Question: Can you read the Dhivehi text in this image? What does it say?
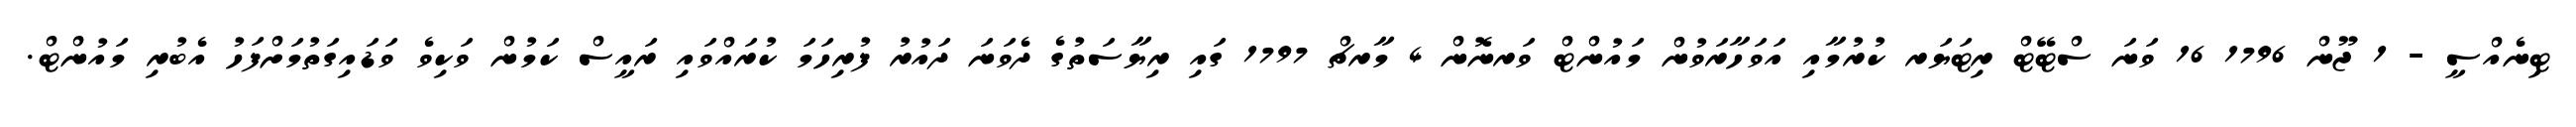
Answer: ޓިނެއްސީ - 1 ޖޫން 1796 16 ވަނަ ސްޓޭޓް ރިޓަޔަރ ކުރުމާއި އަވަހާރަވުން މައުންޓް ވަރނޮން 4 މާރޗް 1797 ގައި ރިޔާސަތުގެ ދެވަނަ ދައުރު ފުރިހަމަ ކުރައްވައި ރައީސް ކަމުން ވަކިވެ ވަޑައިގަތުމަށްފަހު އެބުރި މައުންޓް.